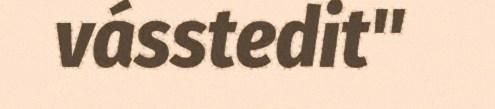
vásstedit"